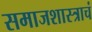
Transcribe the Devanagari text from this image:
समाजशास्त्राचं